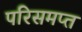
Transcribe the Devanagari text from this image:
परिसमप्‍त